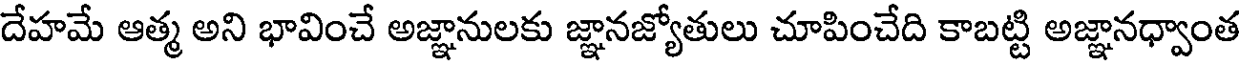
దేహమే ఆత్మ అని భావించే అజ్ఞానులకు జ్ఞానజ్యోతులు చూపించేది కాబట్టి అజ్ఞానధ్వాంత